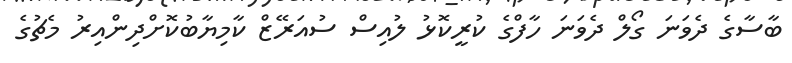
ބާސާގެ ދެވަނަ ގޯލް ދެވަނަ ހާފްގެ ކުރީކޮޅު ލުއިސް ސުއަރޭޒް ކާމިޔާބުކޮށްދިންއިރު މެޗުގެ